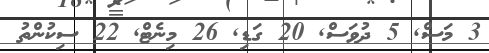
3 މަސް